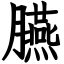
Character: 臙